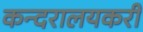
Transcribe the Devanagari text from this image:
कन्दरालयकरी